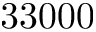
3 3 0 0 0